Vabadussoja_Ajaloo_Komitee, lk 14
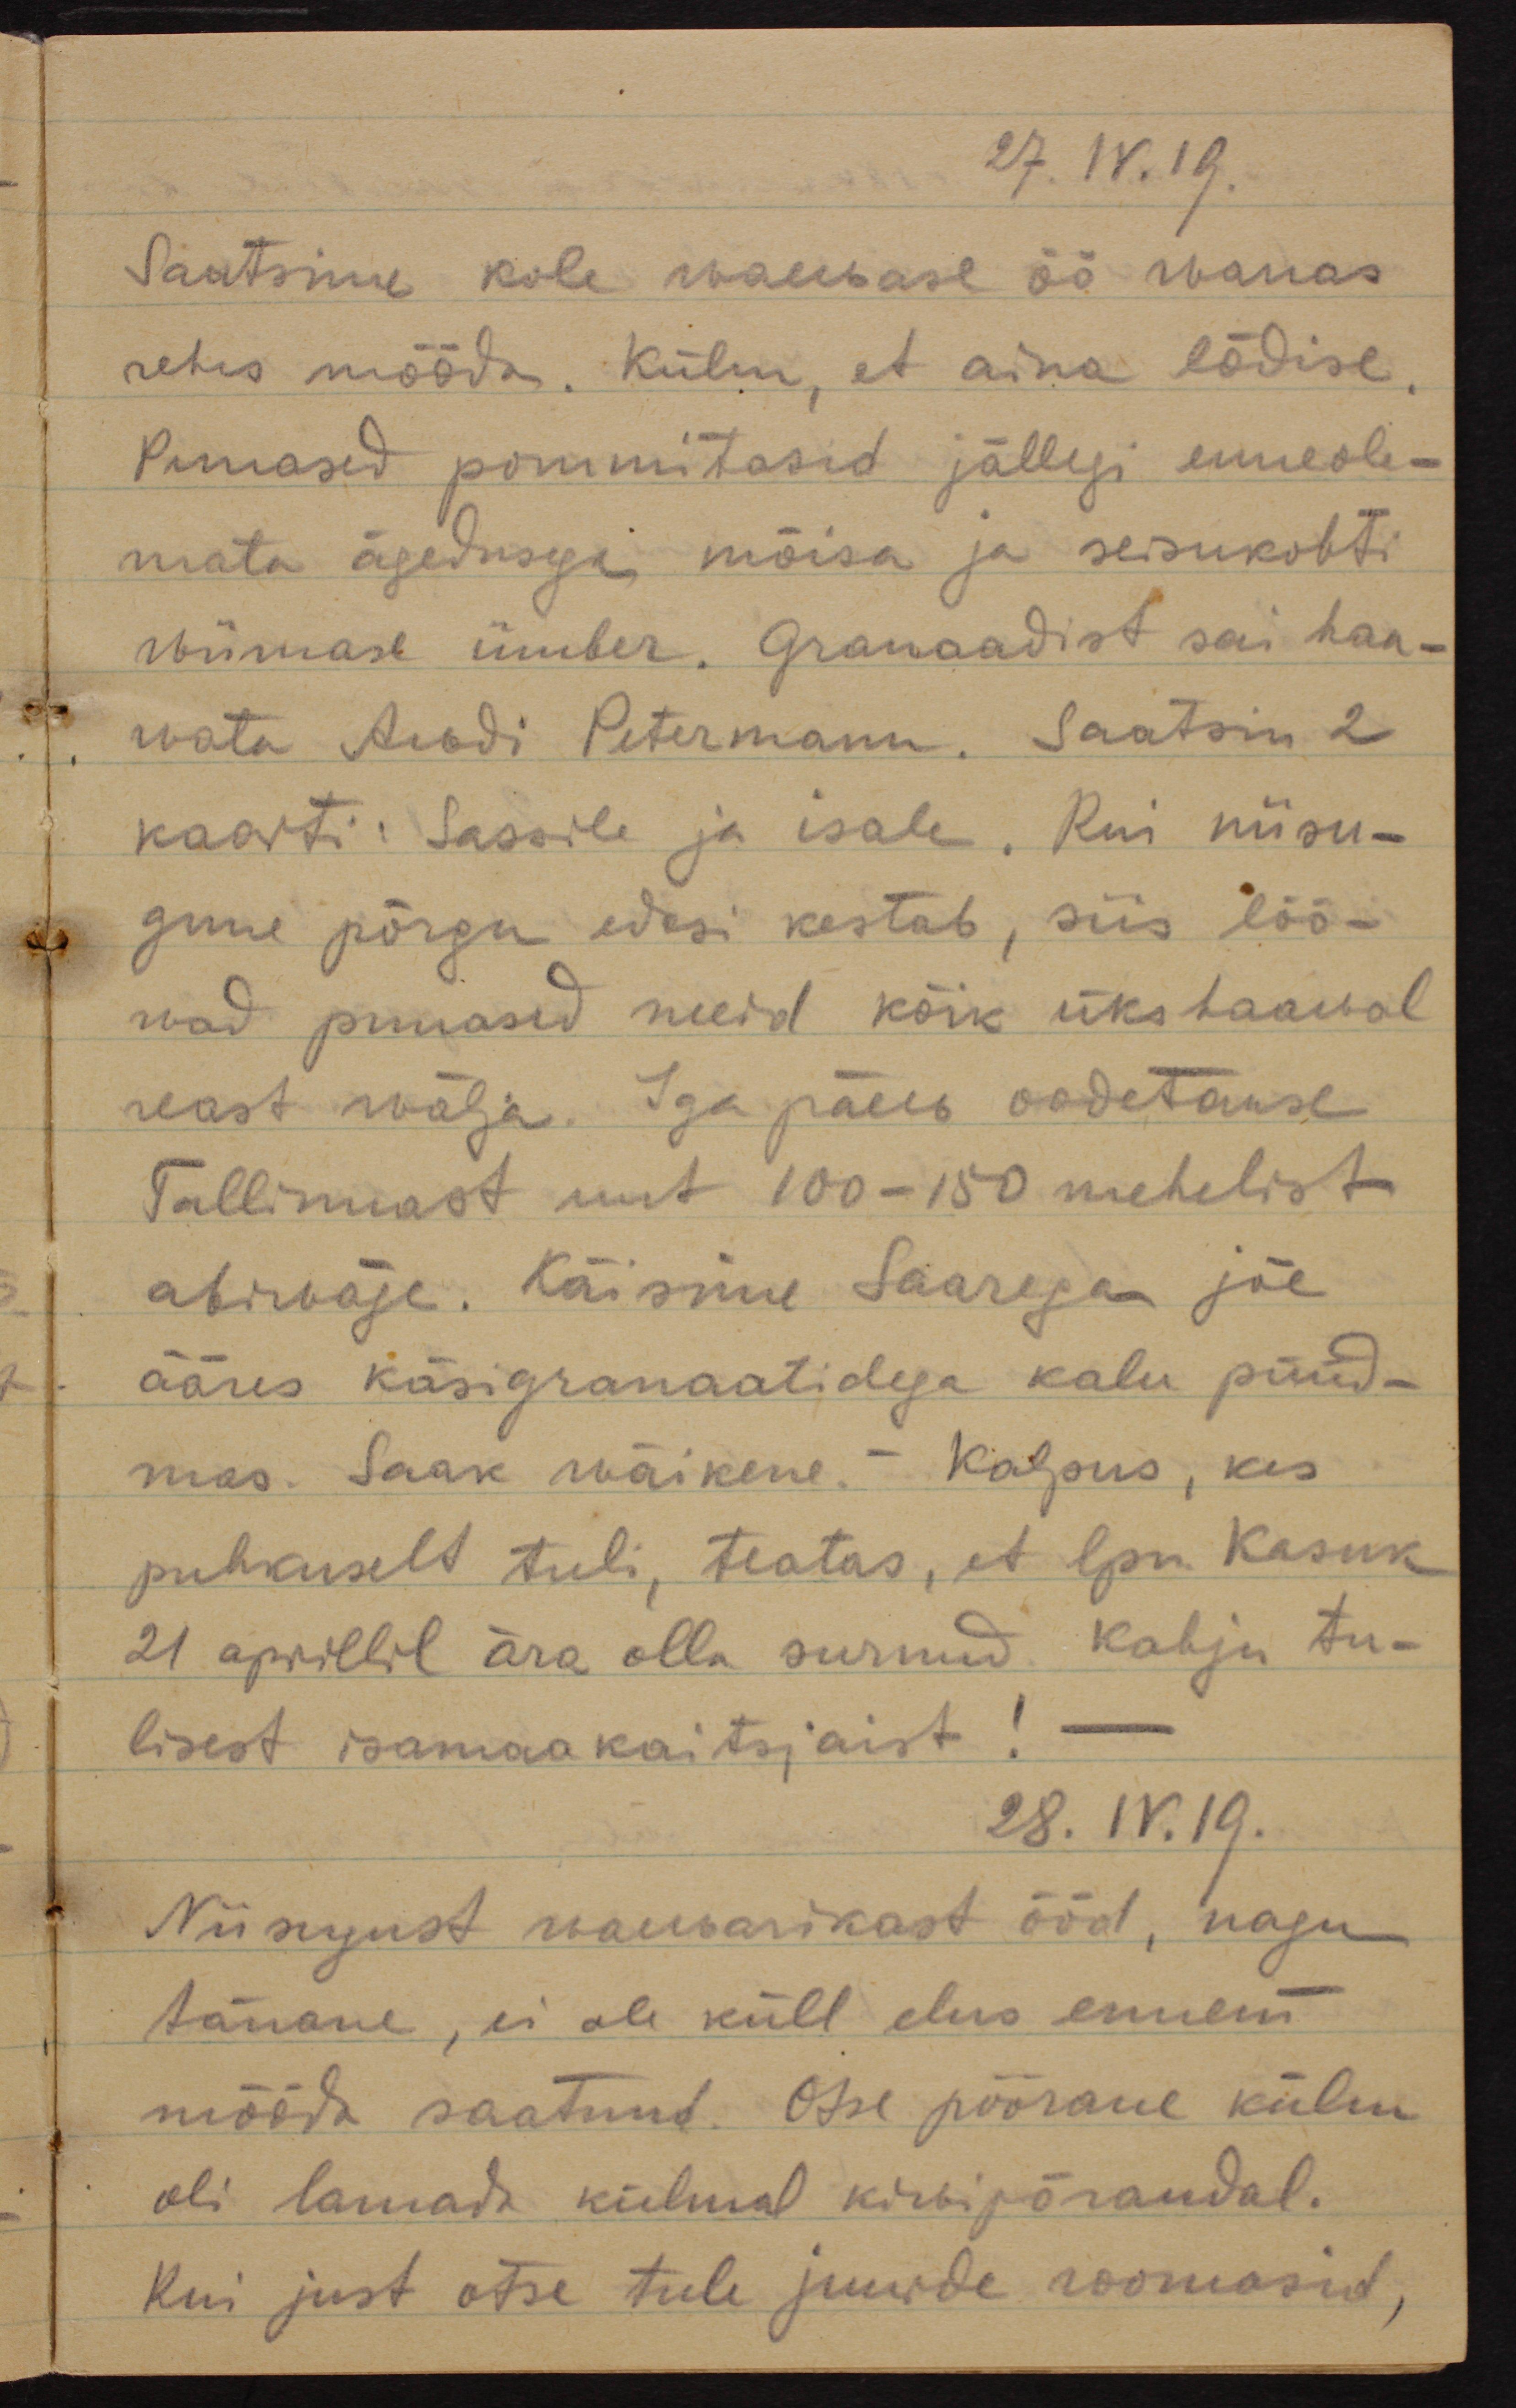
27.IV.19.
Saatsime kole waewase öö wanas
rehes mööda. Külm, et aina lõdise.
Punased pommitasid jällegi enneole-
mata ägedusega mõisa ja seisukohti
wiimase ümber. Granaadist sai haa-
wata Awdi Petermann. Saatsin 2
kaarti: Sassile ja isale. Kui niisu-
gune põrgu wesi kestab, siis löö-
wad punased meid kõiki ükshaawal
reast wälja. Iga päew oodetakse 
Tallinnast uut 100-150 mehelist
abiwäge. Käisime Saarega jõe
ääres käsigranaatidega kalu püüd-
mas. Saak wäikene. - Kalpus, kes
puhkuselt tuli, teatas, et lpn. Kasuk
21. aprillil ära olla surnud. Kahju tu-
lisest isamaa kaitsjast! -
28.IV.19.
Niisugust waewarikast ööd, nagu
tänane, ei ole küll elus ennem
mööda saatnud. Otse pöörane külm
oli lamada külmal kiwipõrandal.
Kui just otse tule juurde roomasid,